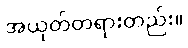
အယုတ်တရားတည်း။